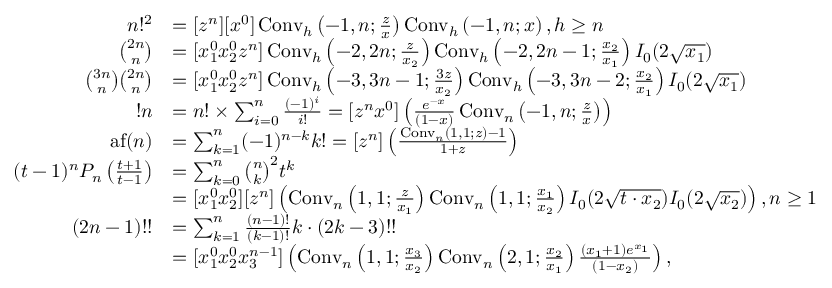
{ \begin{array} { r l } { n ! ^ { 2 } } & { = [ z ^ { n } ] [ x ^ { 0 } ] \operatorname { C o n v } _ { h } \left( - 1 , n ; { \frac { z } { x } } \right) \operatorname { C o n v } _ { h } \left( - 1 , n ; x \right) , h \geq n } \\ { { \binom { 2 n } { n } } } & { = [ x _ { 1 } ^ { 0 } x _ { 2 } ^ { 0 } z ^ { n } ] \operatorname { C o n v } _ { h } \left( - 2 , 2 n ; { \frac { z } { x _ { 2 } } } \right) \operatorname { C o n v } _ { h } \left( - 2 , 2 n - 1 ; { \frac { x _ { 2 } } { x _ { 1 } } } \right) I _ { 0 } ( 2 { \sqrt { x _ { 1 } } } ) } \\ { { \binom { 3 n } { n } } { \binom { 2 n } { n } } } & { = [ x _ { 1 } ^ { 0 } x _ { 2 } ^ { 0 } z ^ { n } ] \operatorname { C o n v } _ { h } \left( - 3 , 3 n - 1 ; { \frac { 3 z } { x _ { 2 } } } \right) \operatorname { C o n v } _ { h } \left( - 3 , 3 n - 2 ; { \frac { x _ { 2 } } { x _ { 1 } } } \right) I _ { 0 } ( 2 { \sqrt { x _ { 1 } } } ) } \\ { ! n } & { = n ! \times \sum _ { i = 0 } ^ { n } { \frac { ( - 1 ) ^ { i } } { i ! } } = [ z ^ { n } x ^ { 0 } ] \left( { \frac { e ^ { - x } } { ( 1 - x ) } } \operatorname { C o n v } _ { n } \left( - 1 , n ; { \frac { z } { x } } \right) \right) } \\ { \operatorname { a f } ( n ) } & { = \sum _ { k = 1 } ^ { n } ( - 1 ) ^ { n - k } k ! = [ z ^ { n } ] \left( { \frac { \operatorname { C o n v } _ { n } ( 1 , 1 ; z ) - 1 } { 1 + z } } \right) } \\ { ( t - 1 ) ^ { n } P _ { n } \left( { \frac { t + 1 } { t - 1 } } \right) } & { = \sum _ { k = 0 } ^ { n } { \binom { n } { k } } ^ { 2 } t ^ { k } } \\ & { = [ x _ { 1 } ^ { 0 } x _ { 2 } ^ { 0 } ] [ z ^ { n } ] \left( \operatorname { C o n v } _ { n } \left( 1 , 1 ; { \frac { z } { x _ { 1 } } } \right) \operatorname { C o n v } _ { n } \left( 1 , 1 ; { \frac { x _ { 1 } } { x _ { 2 } } } \right) I _ { 0 } ( 2 { \sqrt { t \cdot x _ { 2 } } } ) I _ { 0 } ( 2 { \sqrt { x _ { 2 } } } ) \right) , n \geq 1 } \\ { ( 2 n - 1 ) ! ! } & { = \sum _ { k = 1 } ^ { n } { \frac { ( n - 1 ) ! } { ( k - 1 ) ! } } k \cdot ( 2 k - 3 ) ! ! } \\ & { = [ x _ { 1 } ^ { 0 } x _ { 2 } ^ { 0 } x _ { 3 } ^ { n - 1 } ] \left( \operatorname { C o n v } _ { n } \left( 1 , 1 ; { \frac { x _ { 3 } } { x _ { 2 } } } \right) \operatorname { C o n v } _ { n } \left( 2 , 1 ; { \frac { x _ { 2 } } { x _ { 1 } } } \right) { \frac { ( x _ { 1 } + 1 ) e ^ { x _ { 1 } } } { ( 1 - x _ { 2 } ) } } \right) , } \end{array} }